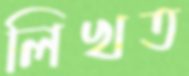
লিখত